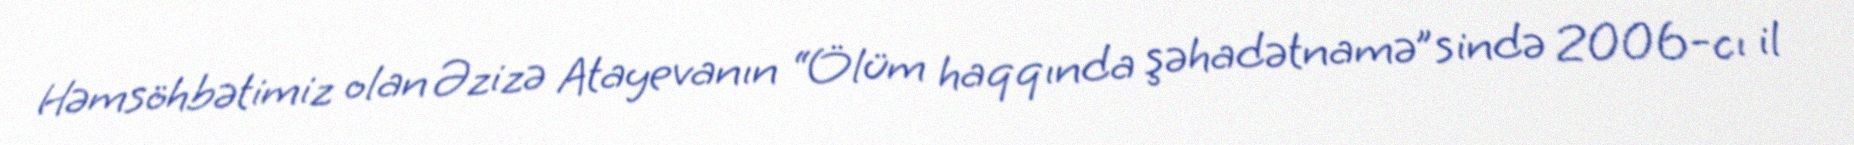
Həmsöhbətimiz olan Əzizə Atayevanın “Ölüm haqqında şəhadətnamə”sində 2006-cı il